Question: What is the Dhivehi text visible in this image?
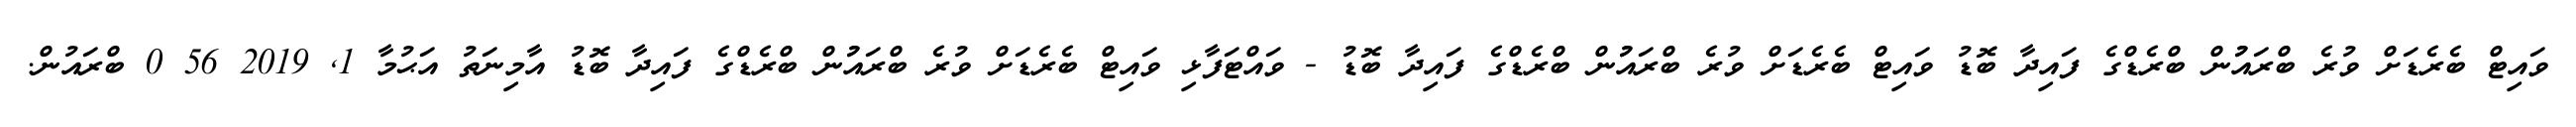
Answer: ވައިޓް ބެރެޑަށް ވުރެ ބްރައުުން ބްރެޑްގެ ފައިދާ ބޮޑު ވައިޓް ބެރެޑަށް ވުރެ ބްރައުުން ބްރެޑްގެ ފައިދާ ބޮޑު - ވައްޓަފާޅި ވައިޓް ބެރެޑަށް ވުރެ ބްރައުުން ބްރެޑްގެ ފައިދާ ބޮޑު އާމިނަތު އަޙުމާ 1, 2019 56 0 ބްރައުން.